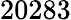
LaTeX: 20283